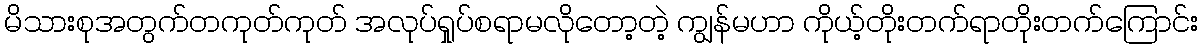
မိသားစုအတွက်တကုတ်ကုတ် အလုပ်ရှုပ်စရာမလိုတော့တဲ့ ကျွန်မဟာ ကိုယ့်တိုးတက်ရာတိုးတက်ကြောင်း